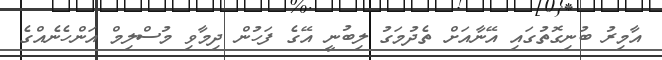
އާމިރު ބުނިގޮތުގައި އޭނާއަށް ތެދުމަގު ލިބުނީ އޭގެ ފަހުން ދިމާވި މުސްލިމް އަންހެނެއްގެ